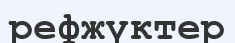
рефжүктер